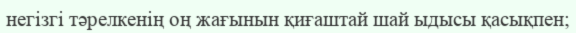
негізгі тәрелкенің оң жағынын қиғаштай шай ыдысы қасықпен;